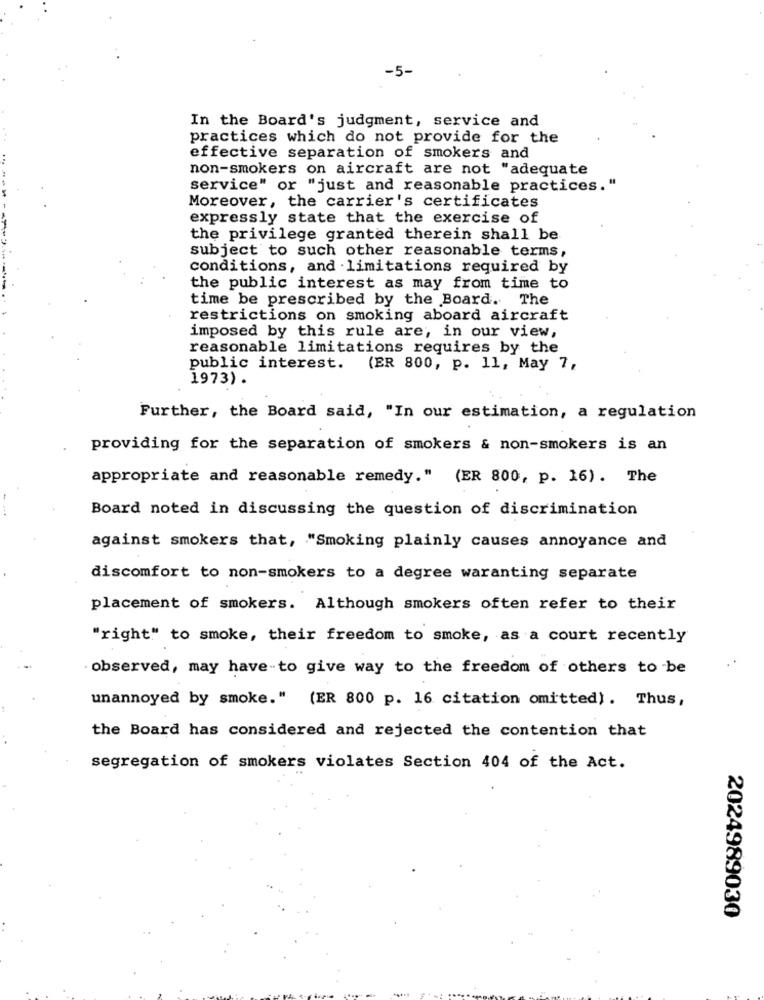
-5-
In the Board's judgment, service and
practices which do not provide for the
effective separation of smokers and
non-smokers on aircraft are not "adequate
service" or "just and reasonable practices."
Moreover, the carrier's certificates
expressly state that the exercise of
the privilege granted therein shall be
subject to such other reasonable terms,
conditions, and limitations required by
the public interest as may from time to
time be prescribed by the Board. The
restrictions on smoking aboard aircraft
imposed by this rule are, in our view,
reasonable limitations requires by the
public interest. (ER 800, p. 11, May 7,
1973) .
Further, the Board said, "In our estimation, a regulation
providing for the separation of smokers & non-smokers is an
appropriate and reasonable remedy." (ER 800, p. 16). The
Board noted in discussing the question of discrimination
against smokers that, "Smoking plainly causes annoyance and
discomfort to non-smokers to a degree waranting separate
placement of smokers. Although smokers often refer to their
"right" to smoke, their freedom to smoke, as a court recently
observed, may have-to give way to the freedom of others to be
unannoyed by smoke." (ER 800 p. 16 citation omitted). Thus,
the Board has considered and rejected the contention that
segregation of smokers violates Section 404 of the Act.
2024989030